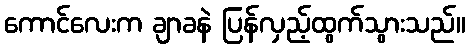
ကောင်လေးက ချာခနဲ ပြန်လှည့်ထွက်သွားသည်။